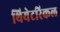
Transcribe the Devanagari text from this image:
थियेटरिकल